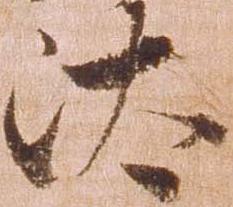
汰